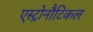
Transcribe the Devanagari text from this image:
एस्ट्रोनौटिकल